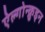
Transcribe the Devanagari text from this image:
ऐल्गोन्क़ुइन